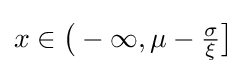
x\in {\big (}-\infty ,\mu -{\tfrac {\sigma }{\xi }}{\big ]}